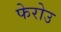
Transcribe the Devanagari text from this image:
फेरोउ